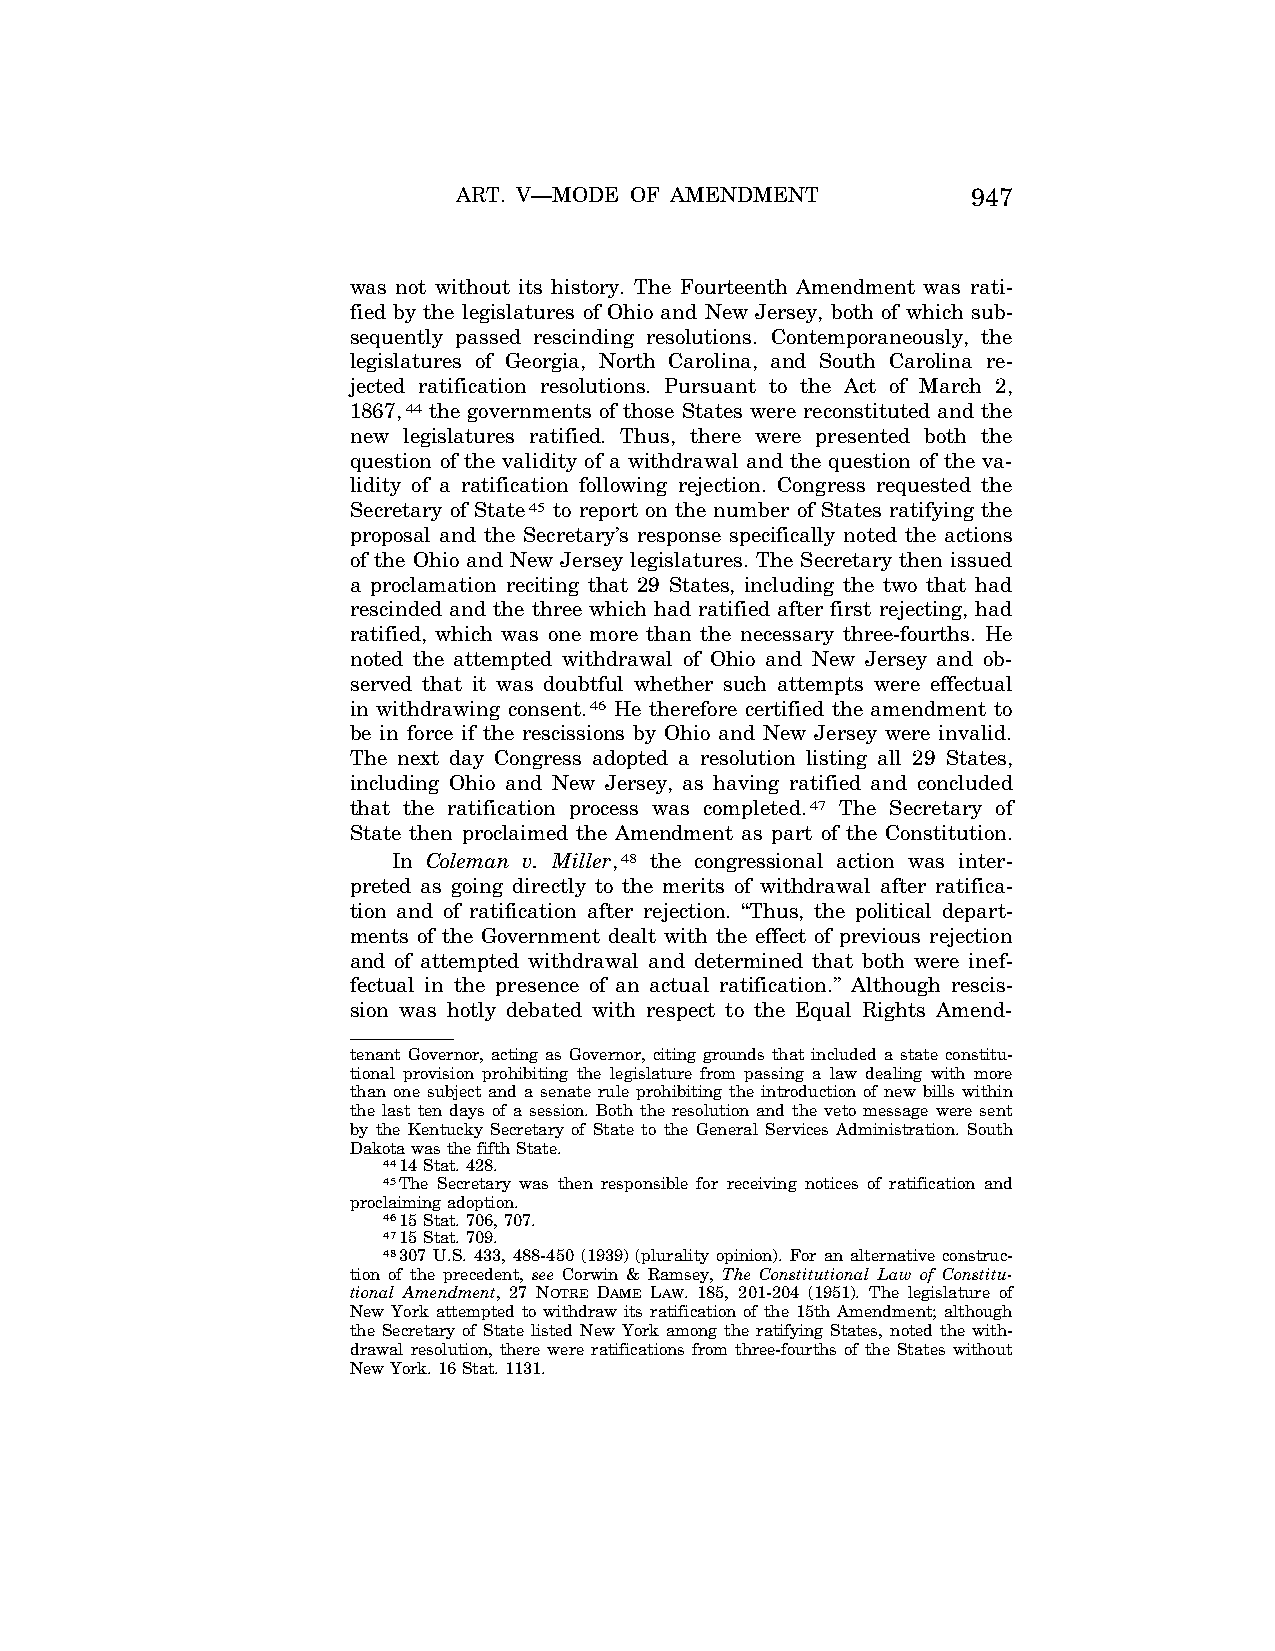
ART. V—MODE OF AMENDMENT          947
 was not without its history. The Fourteenth Amendment was rati-
 fied by the legislatures of Ohio and New Jersey, both of which sub-
 sequently passed rescinding resolutions. Contemporaneously, the
 legislatures of Georgia, North Carolina, and South Carolina re-
 jected ratification resolutions. Pursuant to the Act of March 2,
 1867,44 the governments of those States were reconstituted and the
 new legislatures ratified. Thus, there were presented both the
 question of the validity of a withdrawal and the question of the va-
 lidity of a ratification following rejection. Congress requested the
 Secretary of State45 to report on the number of States ratifying the
 proposal and the Secretary’s response specifically noted the actions
 of the Ohio and New Jersey legislatures. The Secretary then issued
 a proclamation reciting that 29 States, including the two that had
 rescinded and the three which had ratified after first rejecting, had
 ratified, which was one more than the necessary three-fourths. He
 noted the attempted withdrawal of Ohio and New Jersey and ob-
 served that it was doubtful whether such attempts were effectual
 in withdrawing consent.46 He therefore certified the amendment to
 be in force if the rescissions by Ohio and New Jersey were invalid.
 The next day Congress adopted a resolution listing all 29 States,
 including Ohio and New Jersey, as having ratified and concluded
 that the ratification process was completed.47 The Secretary of
 State then proclaimed the Amendment as part of the Constitution.
 In Coleman v. Miller,48 the congressional action was inter-
 preted as going directly to the merits of withdrawal after ratifica-
 tion and of ratification after rejection. ‘‘Thus, the political depart-
 ments of the Government dealt with the effect of previous rejection
 and of attempted withdrawal and determined that both were inef-
 fectual in the presence of an actual ratification.’’ Although rescis-
 sion was hotly debated with respect to the Equal Rights Amend-
 tenant Governor, acting as Governor, citing grounds that included a state constitu-
 tional provision prohibiting the legislature from passing a law dealing with more
 than one subject and a senate rule prohibiting the introduction of new bills within
 the last ten days of a session. Both the resolution and the veto message were sent
 by the Kentucky Secretary of State to the General Services Administration. South
 Dakota was the fifth State.
 4414 Stat. 428.
 45The Secretary was then responsible for receiving notices of ratification and
 proclaiming adoption.
 4615 Stat. 706, 707.
 4715 Stat. 709.
 48307 U.S. 433, 488-450 (1939) (plurality opinion). For an alternative construc-
 tion of the precedent, see Corwin & Ramsey, The Constitutional Law of Constitu-
 tional Amendment, 27 NOTRE DAME LAW. 185, 201-204 (1951). The legislature of
 New York attempted to withdraw its ratification of the 15th Amendment; although
 the Secretary of State listed New York among the ratifying States, noted the with-
 drawal resolution, there were ratifications from three-fourths of the States without
 New York. 16 Stat. 1131.
 VerDate Apr<14>2004 09:07 Apr 15, 2004 Jkt 077500 PO 00000 Frm 00009 Fmt 8222 Sfmt 8222 C:\CONAN\CON017.SGM PRFM99 PsN: CON017